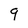
Character: 9